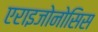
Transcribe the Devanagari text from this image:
एराइजोनोसिस